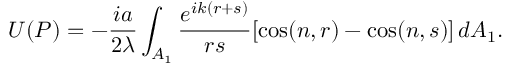
U ( P ) = - { \frac { i a } { 2 \lambda } } \int _ { A _ { 1 } } { \frac { e ^ { i k ( r + s ) } } { r s } } [ \cos ( n , r ) - \cos ( n , s ) ] \, d { A _ { 1 } } .